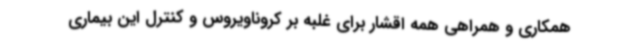
همکاری و همراهی همه اقشار برای غلبه بر کروناویروس و کنترل این بیماری